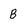
Character: B